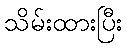
သိမ်းထားပြီး